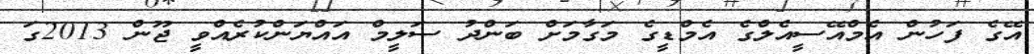
އޭގެ ފަހުން އެމްއޭސީއެލްގެ އެމްޑީގެ މަގާމަށް ބަންދު ސަލީމް އައްޔަންކުރެއްވީ ޖޫން 2013ގަ